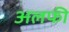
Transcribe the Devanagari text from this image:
अलफी